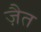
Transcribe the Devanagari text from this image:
ज़ैत